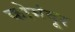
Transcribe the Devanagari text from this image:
कोमंदूर